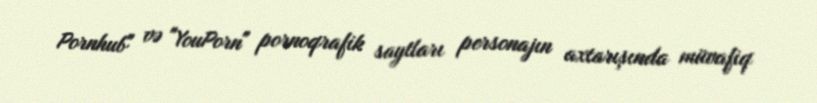
Pornhub" və "YouPorn" pornoqrafik saytları personajın axtarışında müvafiq